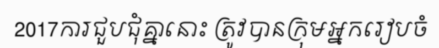
2017ការជួបជុំគ្នានោះ ត្រូវបានក្រុមអ្នករៀបចំ